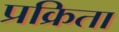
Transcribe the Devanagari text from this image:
प्रक्रिता